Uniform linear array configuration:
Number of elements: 48
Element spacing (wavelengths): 0.75
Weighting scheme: cosine
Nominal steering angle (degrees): -15
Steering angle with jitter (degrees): -15.726
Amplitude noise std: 0.05
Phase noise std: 0.05

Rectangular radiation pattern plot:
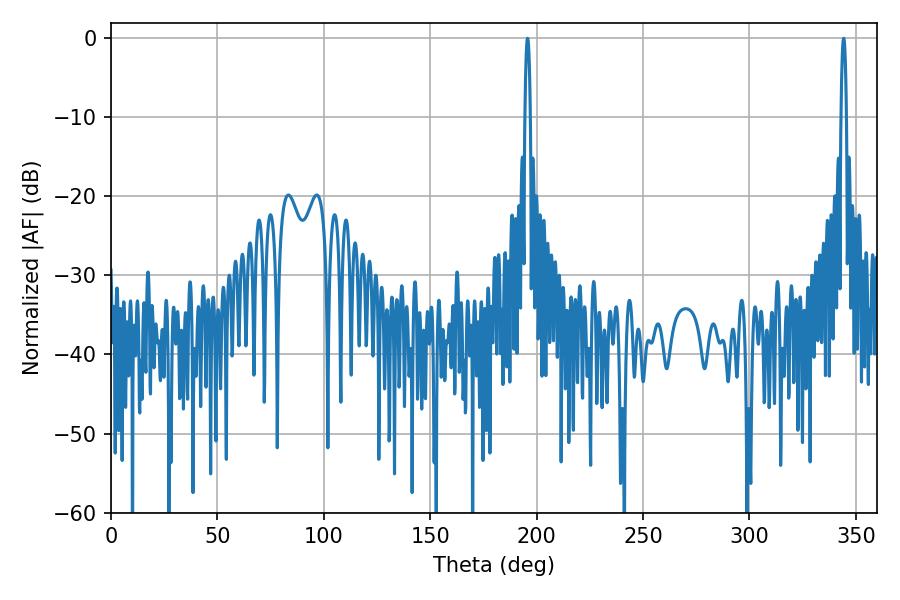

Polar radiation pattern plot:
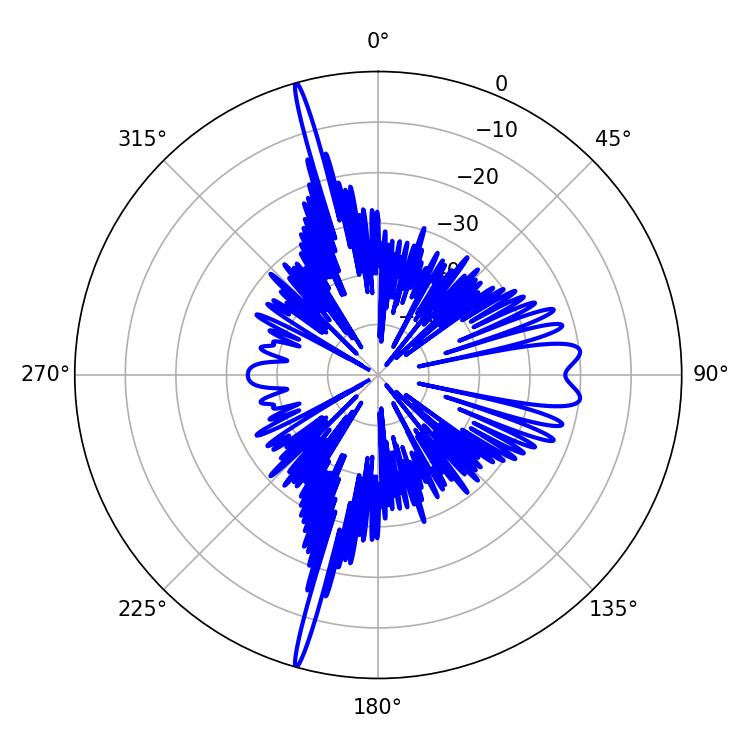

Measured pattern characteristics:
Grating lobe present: TRUE
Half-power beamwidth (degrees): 1.26
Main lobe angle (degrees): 195.66